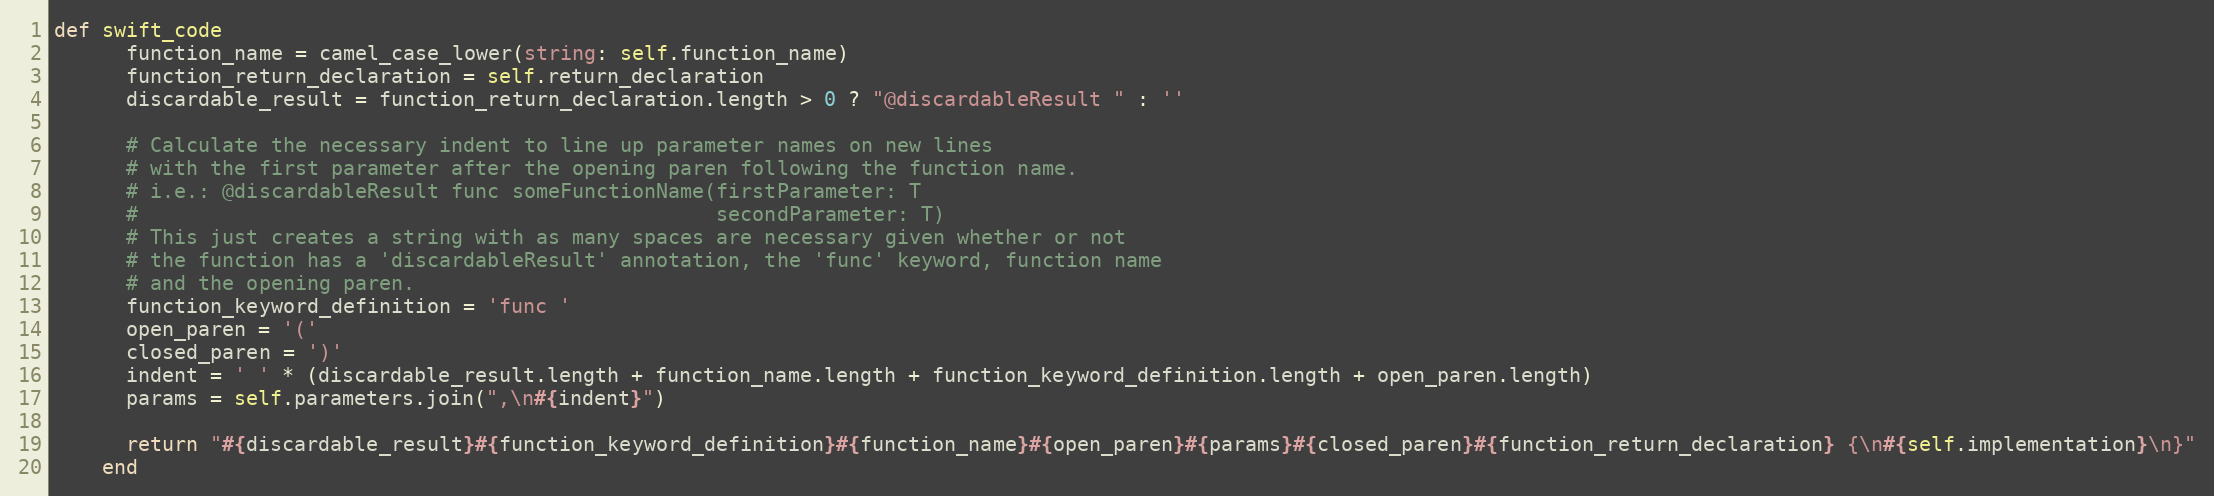
Language: Ruby
def swift_code
      function_name = camel_case_lower(string: self.function_name)
      function_return_declaration = self.return_declaration
      discardable_result = function_return_declaration.length > 0 ? "@discardableResult " : ''

      # Calculate the necessary indent to line up parameter names on new lines
      # with the first parameter after the opening paren following the function name.
      # i.e.: @discardableResult func someFunctionName(firstParameter: T
      #                                                secondParameter: T)
      # This just creates a string with as many spaces are necessary given whether or not
      # the function has a 'discardableResult' annotation, the 'func' keyword, function name
      # and the opening paren.
      function_keyword_definition = 'func '
      open_paren = '('
      closed_paren = ')'
      indent = ' ' * (discardable_result.length + function_name.length + function_keyword_definition.length + open_paren.length)
      params = self.parameters.join(",\n#{indent}")

      return "#{discardable_result}#{function_keyword_definition}#{function_name}#{open_paren}#{params}#{closed_paren}#{function_return_declaration} {\n#{self.implementation}\n}"
    end